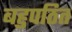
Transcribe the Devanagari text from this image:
बहुपठित